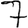
Digit: 7